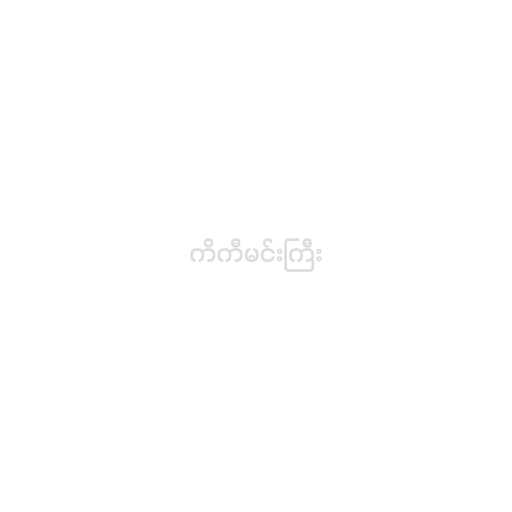
ကိကီမင်းကြီး